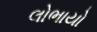
લોભાયો